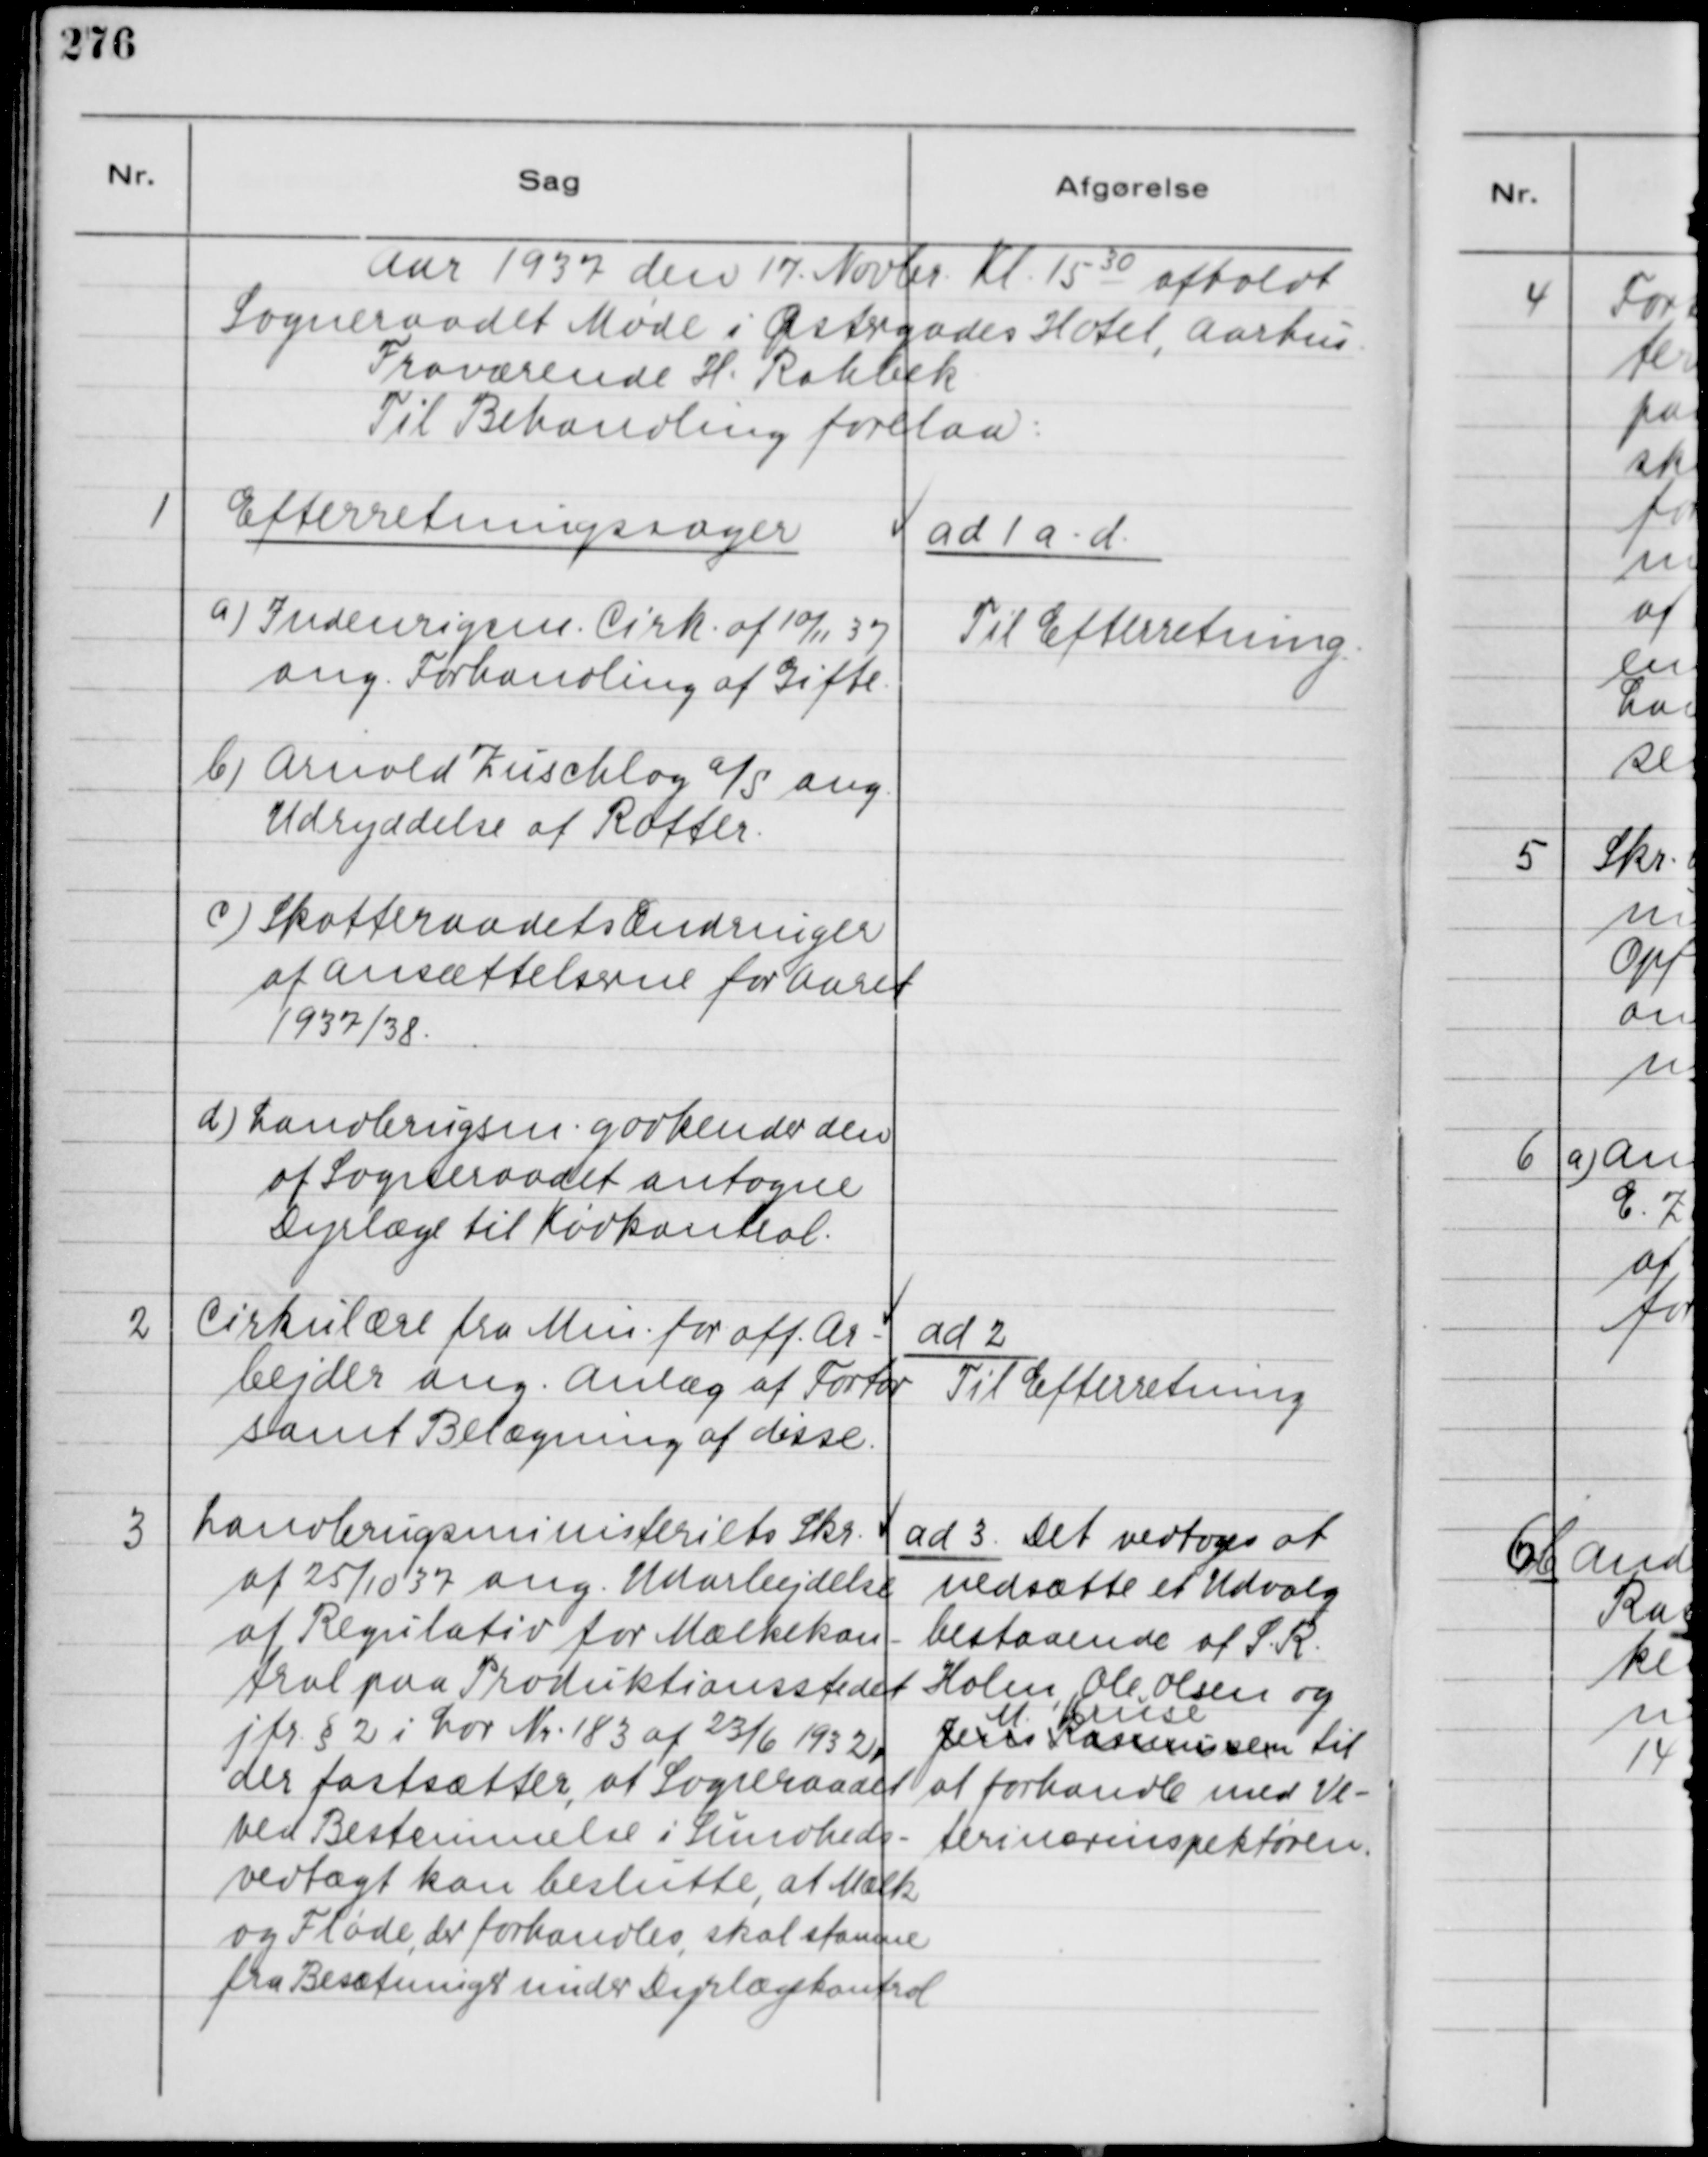
Transskription:
Aar 1937 den 17. Novbr. Kl. 1530 afholdt
Sogneraadet Møde i Østergades Hotel, Aarhus.
Fraværende H. Rahbek
Til Behandling forelaa:

1
Efterretningssager
a) Indenrigsm. Cirk. af 10/11 37
ang. Forhandling af Gifte.
b) Arnold Zuschlog a/s ang.
Udryddelse af Rotter.
c) Skatteraadets Ændringer
af Ansættelserne for Aaret
1937/38.
d) Landbrugsm. godkender den
af Sogneraadet antagne
Dyrlæge til Kødkontrol.

ad 1a - d.
Til Efterretning.

2
Cirkulære fra Min. for off. Ar-
bejder ang. Anlæg af Fortov
samt Belægning af disse.

ad 2
Til Efterretning

3
Landbrugsministeriets Skr.
af 25/10 37 ang. Udarbejdelse
af Regulativ for Mælkekon-
trol paa Produktionsstedet
jfr. § 2 i Lov Nr. 183 af 23/6 1932,
der fastsætter, at Sogneraadet
ved Bestemmelse i Sundheds-
vedtægt kan beslutte, at Mælk
og Fløde, der forhandles, skal stamme
fra Besætninger under Dyrlægekontrol

ad 3. Det vedtoges at
nedsætte et Udvalg
bestaaende af S. R.
Holm, Ole Olsen og 
Jens Rasmussen
M. Kruse
til
at forhandle med Ve-
terinærinspektøren.